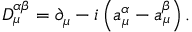
D _ { \mu } ^ { \alpha \beta } = \partial _ { \mu } - i \left( a _ { \mu } ^ { \alpha } - a _ { \mu } ^ { \beta } \right) .